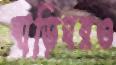
বাড়িঘরও